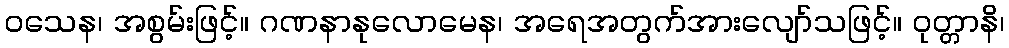
ဝသေန၊ အစွမ်းဖြင့်။ ဂဏနာနုလောမေန၊ အရေအတွက်အားလျော်သဖြင့်။ ဝုတ္တာနိ၊